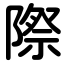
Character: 際